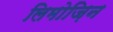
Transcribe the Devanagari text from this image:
लिमोज़िन